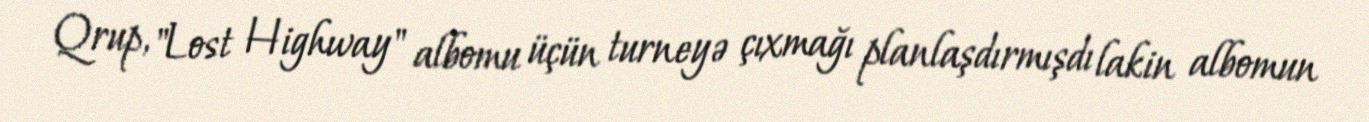
Qrup, "Lost Highway" albomu üçün turneyə çıxmağı planlaşdırmışdı lakin albomun